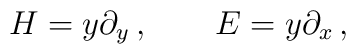
H=y\partial_y\,,\quad\quad E=y\partial_x\,,